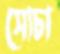
সোচা